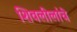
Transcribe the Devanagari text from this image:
शिवलीलांचे